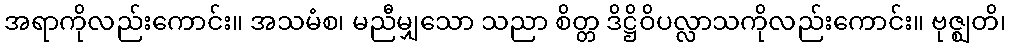
အရာကိုလည်းကောင်း။ အသမံစ၊ မညီမျှသော သညာ စိတ္တ ဒိဋ္ဌိဝိပလ္လာသကိုလည်းကောင်း။ ဗုဇ္ဈတိ၊